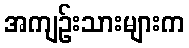
အကျဉ်းသားများက